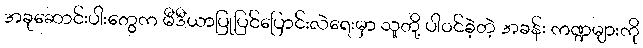
အခုဆောင်းပါးတွေက မီဒီယာပြုပြင်ပြောင်းလဲရေးမှာ သူတို့ ပါဝင်ခဲ့တဲ့ အခန်း ကဏ္ဍများကို